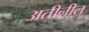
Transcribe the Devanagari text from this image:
अतीनील